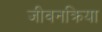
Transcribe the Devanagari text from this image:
जीवनक्रिया